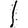
Digit: 1